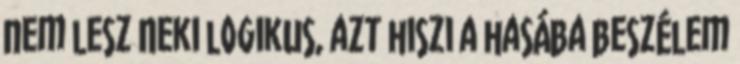
nem lesz Neki logikus, azt hiszi a hasába beszélem